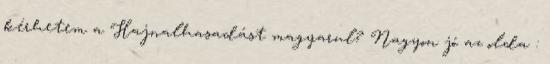
kérhetem a Hajnalhasadást magyarul? Nagyon jó az olda :